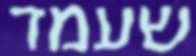
שעמד